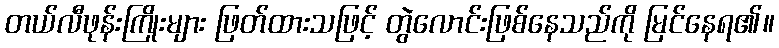
တယ်လီဖုန်းကြိုးများ ဖြတ်ထားသဖြင့် တွဲလောင်းဖြစ်နေသည်ကို မြင်နေရ၏။